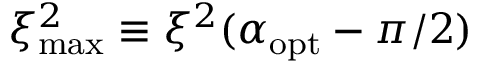
\ensuremath { \ensuremath { \xi ^ { 2 } } _ { \mathrm { m a x } } } \equiv \ensuremath { \xi ^ { 2 } } ( \ensuremath { \alpha _ { \mathrm { o p t } } } - \pi / 2 )